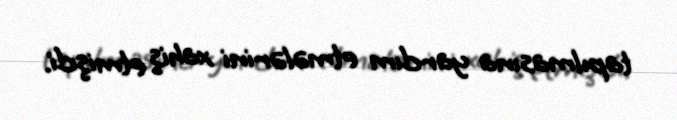
tapılmasına yardım etmələrini xahiş etmişdi.